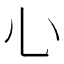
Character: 𢖩